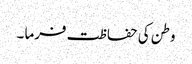
وطن کی حفاظت فرما ۔